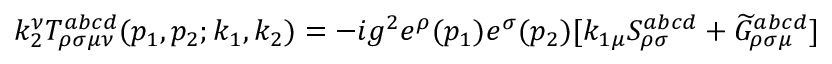
k _ { 2 } ^ { \nu } T _ { \rho \sigma \mu \nu } ^ { a b c d } ( p _ { 1 } , p _ { 2 } ; k _ { 1 } , k _ { 2 } ) = - i g ^ { 2 } e ^ { \rho } ( p _ { 1 } ) e ^ { \sigma } ( p _ { 2 } ) [ k _ { 1 \mu } S _ { \rho \sigma } ^ { a b c d } + \widetilde { G } _ { \rho \sigma \mu } ^ { a b c d } ]